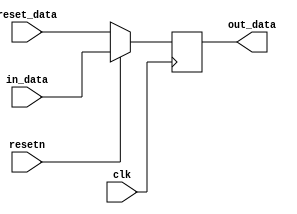
//-
// Copyright (c) 2020-2021 Jessica Clarke
//
// @BERI_LICENSE_HEADER_START@
//
// Licensed to BERI Open Systems C.I.C. (BERI) under one or more contributor
// license agreements.  See the NOTICE file distributed with this work for
// additional information regarding copyright ownership.  BERI licenses this
// file to you under the BERI Hardware-Software License, Version 1.0 (the
// "License"); you may not use this file except in compliance with the
// License.  You may obtain a copy of the License at:
//
//   http://www.beri-open-systems.org/legal/license-1-0.txt
//
// Unless required by applicable law or agreed to in writing, Work distributed
// under the License is distributed on an "AS IS" BASIS, WITHOUT WARRANTIES OR
// CONDITIONS OF ANY KIND, either express or implied.  See the License for the
// specific language governing permissions and limitations under the License.
//
// @BERI_LICENSE_HEADER_END@
//

module pipeline #(
  parameter integer WIDTH = 1,
  parameter integer DEPTH = 1
) (
  input clk,
  input resetn,

  input [WIDTH-1:0] reset_data,

  input [WIDTH-1:0] in_data,
  output [WIDTH-1:0] out_data
);

  (* SHREG_EXTRACT = "NO" *)
  reg [WIDTH-1:0] rg_data [DEPTH-1:0];

  integer i;

  always @(posedge clk) begin
    if (!resetn) begin
      for (i = 0; i < DEPTH; i = i + 1)
        rg_data[i] <= reset_data;
    end
    else begin
      rg_data[0] <= in_data;

      for (i = 1; i < DEPTH; i = i + 1)
        rg_data[i] <= rg_data[i-1];
    end
  end

  assign out_data = rg_data[DEPTH-1];

endmodule